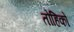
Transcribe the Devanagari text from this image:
तोहिको